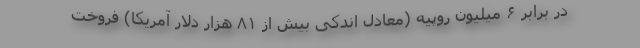
در برابر ۶ میلیون روپیه (معادل اندکی بیش از ۸۱ هزار دلار آمریکا) فروخت